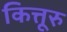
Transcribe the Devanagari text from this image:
कित्तूरु